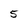
Character: 5